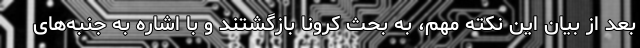
بعد از بیان این نکته مهم، به بحث کرونا بازگشتند و با اشاره به جنبه‌های